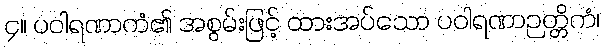
၄။ ပဝါရဏာကံ၏ အစွမ်းဖြင့် ထားအပ်သော ပဝါရဏာဉတ္တိကံ၊